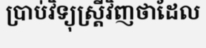
ប្រាប់វិទ្យុស្ត្រីវិញថាដែល